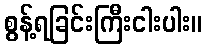
စွန့်ရခြင်းကြီးငါးပါး။